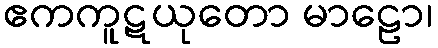
ဧကကူဋယုတော မာဠော၊